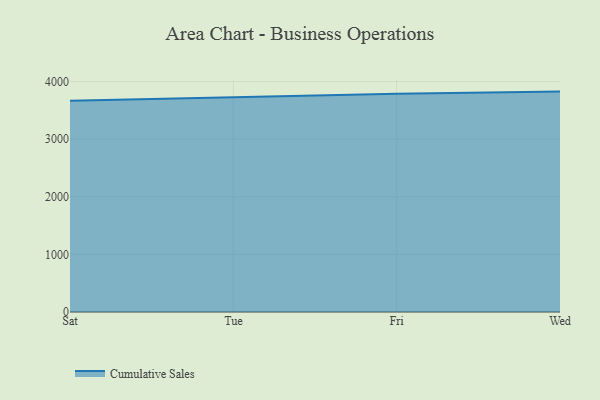
{"axis": {"x": "Day", "y": "Population (Million)"}, "legend": ["Cumulative Sales"], "data": [{"x": "Sat", "y": 3664.2, "type": "Cumulative Sales"}, {"x": "Tue", "y": 3722.0, "type": "Cumulative Sales"}, {"x": "Fri", "y": 3788.9, "type": "Cumulative Sales"}, {"x": "Wed", "y": 3824.9, "type": "Cumulative Sales"}]}